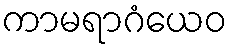
ကာမရာဂံယေဝ